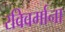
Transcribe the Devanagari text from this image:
रविवर्माना